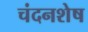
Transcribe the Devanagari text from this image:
चंदनशेष